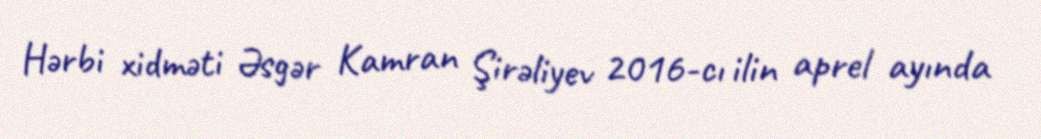
Hərbi xidməti Əsgər Kamran Şirəliyev 2016-cı ilin aprel ayında